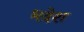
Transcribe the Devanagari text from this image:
भदेश